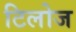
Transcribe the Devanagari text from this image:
टिलोज